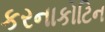
કરનાકોટિન